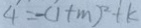
4 = - ( 1 + m ) ^ { 2 } + k